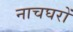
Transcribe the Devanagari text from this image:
नाचघरों